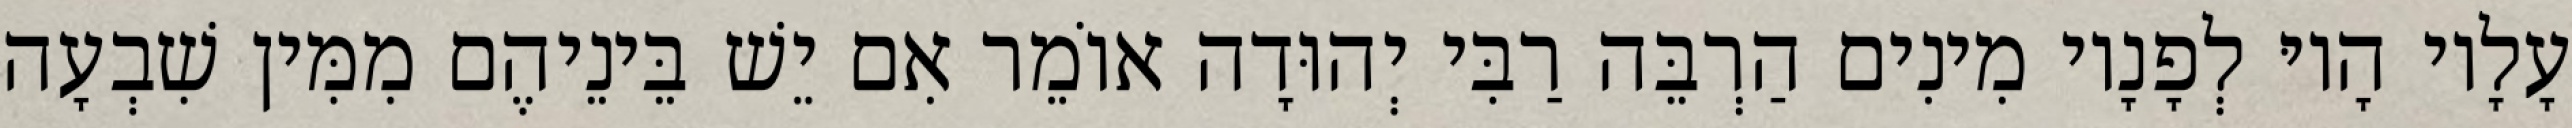
עָלָיו הָיוּ לְפָנָיו מִינִים הַרְבֵּה רַבִּי יְהוּדָה אוֹמֵר אִם יֵשׁ בֵּינֵיהֶם מִמִּין שִׁבְעָה